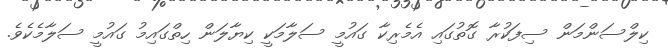
ކިލްސަންމަން ސިފަކުރާ ގޮތުގައި އެމެރިކާ ގައުމީ ސަލާމަކީ ކިޔާލަން ހިތްގައިމު ގައުމީ ސަލާމެކެވެ.